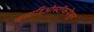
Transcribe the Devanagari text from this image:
व्हलाडिओस्टॉकयेथून